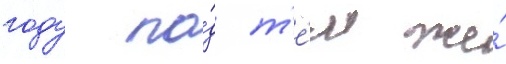
году по́д т'е́м же́